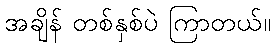
အချိန် တစ်နှစ်ပဲ ကြာတယ်။